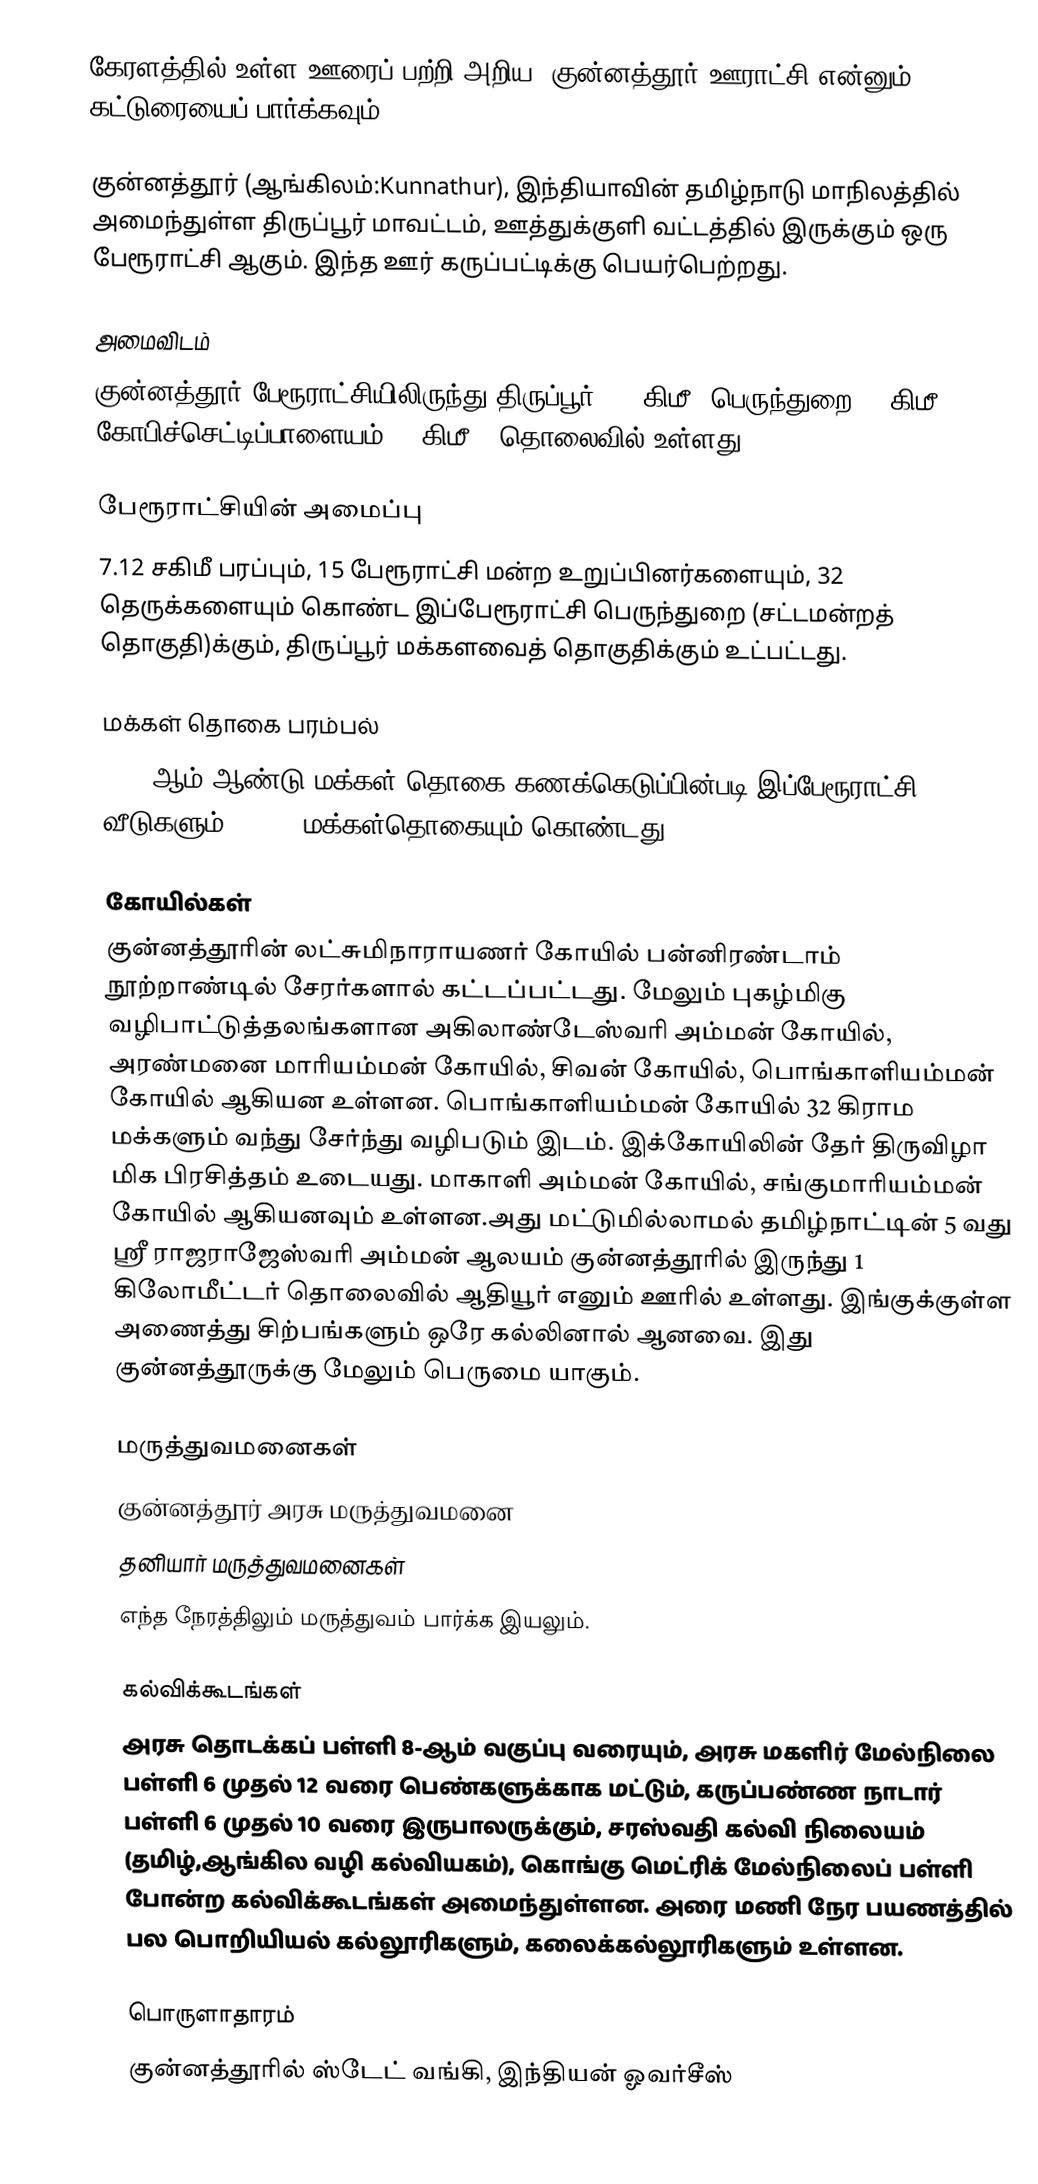
கேரளத்தில் உள்ள ஊரைப் பற்றி அறிய, குன்னத்தூர் ஊராட்சி என்னும் கட்டுரையைப் பார்க்கவும்.

குன்னத்தூர் (ஆங்கிலம்:Kunnathur), இந்தியாவின் தமிழ்நாடு மாநிலத்தில் அமைந்துள்ள திருப்பூர் மாவட்டம், ஊத்துக்குளி வட்டத்தில் இருக்கும் ஒரு பேரூராட்சி ஆகும். இந்த ஊர் கருப்பட்டிக்கு பெயர்பெற்றது.

அமைவிடம்
குன்னத்தூர் பேரூராட்சியிலிருந்து திருப்பூர்     22. கிமீ; பெருந்துறை 20 கிமீ; கோபிச்செட்டிப்பாளையம் 24 கிமீ.,  தொலைவில் உள்ளது.

பேரூராட்சியின் அமைப்பு
7.12 சகிமீ பரப்பும், 15  பேரூராட்சி மன்ற உறுப்பினர்களையும், 32 தெருக்களையும்   கொண்ட இப்பேரூராட்சி  பெருந்துறை   (சட்டமன்றத் தொகுதி)க்கும், திருப்பூர் மக்களவைத் தொகுதிக்கும் உட்பட்டது.

மக்கள் தொகை பரம்பல்
2011-ஆம் ஆண்டு மக்கள் தொகை கணக்கெடுப்பின்படி  இப்பேரூராட்சி   2,588    வீடுகளும், 8,774  மக்கள்தொகையும் கொண்டது.

கோயில்கள்
குன்னத்தூரின் லட்சுமிநாராயணர் கோயில் பன்னிரண்டாம் நூற்றாண்டில் சேரர்களால் கட்டப்பட்டது. மேலும் புகழ்மிகு வழிபாட்டுத்தலங்களான அகிலாண்டேஸ்வரி அம்மன் கோயில், அரண்மனை மாரியம்மன் கோயில், சிவன் கோயில், பொங்காளியம்மன் கோயில் ஆகியன உள்ளன. பொங்காளியம்மன் கோயில் 32 கிராம மக்களும் வந்து சேர்ந்து வழிபடும் இடம். இக்கோயிலின் தேர் திருவிழா மிக பிரசித்தம் உடையது. மாகாளி அம்மன் கோயில், சங்குமாரியம்மன் கோயில் ஆகியனவும் உள்ளன.அது மட்டுமில்லாமல்  தமிழ்நாட்டின் 5 வது ஸ்ரீ ராஜராஜேஸ்வரி அம்மன் ஆலயம் குன்னத்தூரில் இருந்து 1 கிலோமீட்டர் தொலைவில் ஆதியூர் எனும் ஊரில் உள்ளது. இங்குக்குள்ள அணைத்து சிற்பங்களும் ஒரே கல்லினால் ஆனவை. இது குன்னத்தூருக்கு மேலும் பெருமை யாகும்.

மருத்துவமனைகள்
குன்னத்தூர் அரசு மருத்துவமனை
தனியார் மருத்துவமனைகள்
எந்த நேரத்திலும் மருத்துவம் பார்க்க இயலும்.

கல்விக்கூடங்கள்
அரசு தொடக்கப் பள்ளி 8-ஆம் வகுப்பு வரையும், அரசு மகளிர் மேல்நிலை பள்ளி 6 முதல் 12 வரை பெண்களுக்காக மட்டும், கருப்பண்ண நாடார் பள்ளி 6 முதல் 10 வரை இருபாலருக்கும், சரஸ்வதி கல்வி நிலையம் (தமிழ்,ஆங்கில வழி கல்வியகம்), கொங்கு மெட்ரிக் மேல்நிலைப் பள்ளி போன்ற கல்விக்கூடங்கள் அமைந்துள்ளன. அரை மணி நேர பயணத்தில் பல பொறியியல் கல்லூரிகளும், கலைக்கல்லூரிகளும் உள்ளன.

பொருளாதாரம்
குன்னத்தூரில் ஸ்டேட் வங்கி, இந்தியன் ஓவர்சீஸ்